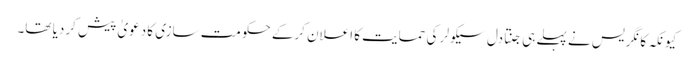
کیونکہ کانگریس نے پہلے ہی جنتادل سیکولر کی حمایت کا اعلان کرکے حکومت سازی کا دعویٰ پیش کردیا تھا۔